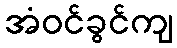
အံဝင်ခွင်ကျ